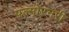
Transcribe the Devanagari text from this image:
पल्मोरनरी